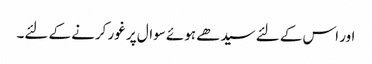
اور اس کے لئے سیدھے ہوئے سوال پر غور کرنے کے لئے۔